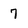
Character: 7